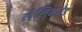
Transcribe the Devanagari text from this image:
लेलिनग्रेड